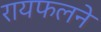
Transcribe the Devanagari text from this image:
रायफलने